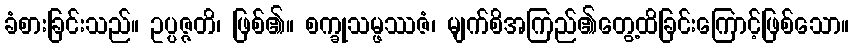
ခံစားခြင်းသည်။ ဥပ္ပဇ္ဇတိ၊ ဖြစ်၏။ စက္ခုသမ္ဖဿဇံ၊ မျက်စိအကြည်၏တွေ့ထိခြင်းကြောင့်ဖြစ်သော။